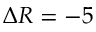
\Delta R = - 5